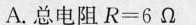
A.总电阻$$R = 6 Ω$$